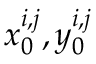
x _ { 0 } ^ { i , j } , y _ { 0 } ^ { i , j }